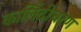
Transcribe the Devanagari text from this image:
कालिंदीचरण